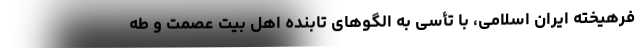
فرهیخته ایران اسلامی، با تأسی به الگوهای تابنده اهل بیت عصمت و طه